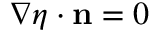
\nabla \eta \cdot \mathbf { n } = 0